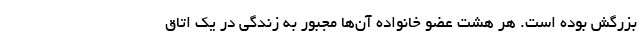
بزرگش بوده است. هر هشت عضو خانواده آن‌ها مجبور به زندگی در یک اتاق